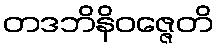
တဒဘိနိဝဇ္ဇေတိ